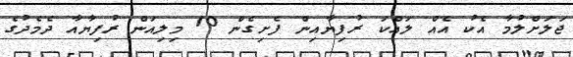
ޖަލަށްލުމާ އެކު އެއް ލައްކަ ރުފިޔާއިން ފެށިގެން 10 މިލިއަން ރުފިޔާއާ ދެމެދުގެ